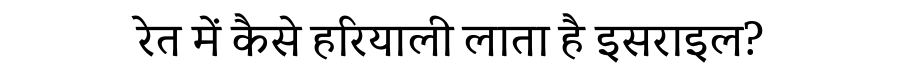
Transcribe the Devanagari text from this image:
रेत में कैसे हरियाली लाता है इसराइल?